Annual statistical returns and brief notes on vaccination in Bengal - 1909-1929
Year: 1909
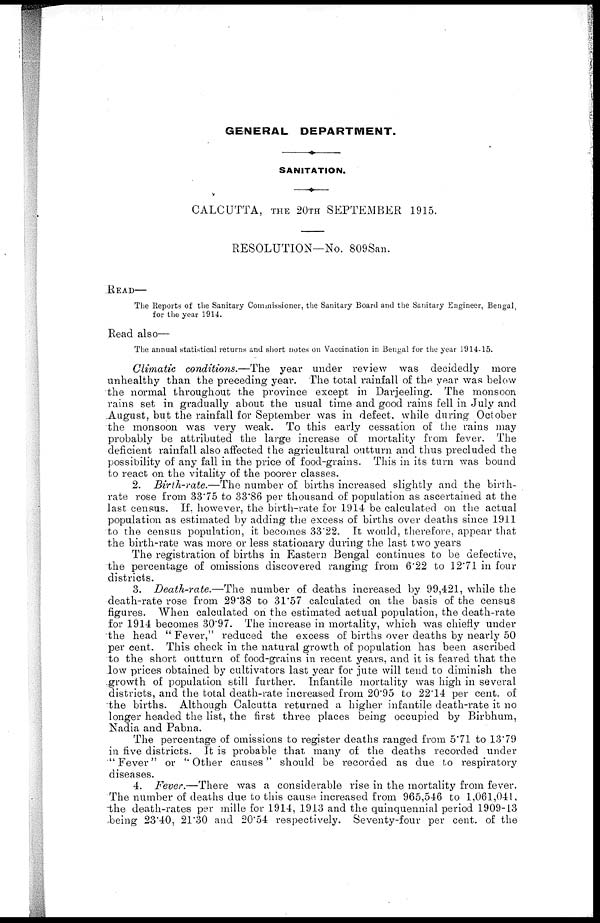
GENERAL DEPARTMENT.
SANITATION.
CALCUTTA, THE 20TH SEPTEMBER 1915.
RESOLUTION—No. 809San.
READ—
The Reports of the Sanitary Commissioner, the Sanitary Board and the Sanitary Engineer, Bengal,
for the year 1914.
Read also—
The annual statistical returns and short notes on Vaccination in Bengal for the year 1914-15.
Climatic conditions.—The year under review was decidedly more
unhealthy than the preceding year. The total rainfall of the year was below
the normal throughout the province except in Darjeeling. The monsoon
rains set in gradually about the usual time and good rains fell in July and
August, but the rainfall for September was in defect, while during October
the monsoon was very weak. To this early cessation of the rains may
probably be attributed the large increase of mortality from fever. The
deficient rainfall also affected the agricultural outturn and thus precluded the
possibility of any fall in the price of food-grains. This in its turn was bound
to react on the vitality of the poorer classes.
2. Birth-rate.—The number of births increased slightly and the birth-
rate rose from 33.75 to 33.86 per thousand of population as ascertained at the
last census. If, however, the birth-rate for 1914 be calculated on the actual
population as estimated by adding the excess of births over deaths since 1911
to the census population, it becomes 33.22. It would, therefore, appear that
the birth-rate was more or less stationary during the last two years
The registration of births in Eastern Bengal continues to be defective,
the percentage of omissions discovered ranging from 6.22 to 12.71 in four
districts.
3. Death-rate.—The number of deaths increased by 99,421, while the
death-rate rose from 29.38 to 31.57 calculated on the basis of the census
figures. When calculated on the estimated actual population, the death-rate
for 1914 becomes 30.97. The increase in mortality, which was chiefly under
the head " Fever," reduced the excess of births over deaths by nearly 50
per cent. This check in the natural growth of population has been ascribed
to the short outturn of food-grains in recent years, and it is feared that the
low prices obtained by cultivators last year for jute will tend to diminish the
growth of population still further. Infantile mortality was high in several
districts, and the total death-rate increased from 20.95 to 22.14 per cent. of
the births. Although Calcutta returned a higher infantile death-rate it no
longer headed the list, the first three places being occupied by Birbhum,
Nadia and Pabna.
The percentage of omissions to register deaths ranged from 5.71 to 13.79
in five districts. It is probable that many of the deaths recorded under
" Fever" or '' Other causes" should be recorded as due to respiratory
diseases.
4. Fever.—There was a considerable rise in the mortality from fever.
The number of deaths due to this cause increased from 965,546 to 1,061,041,
the death-rates per mille for 1914, 1913 and the quinquennial period 1909-13
being 23.40, 21.30 and 20.54 respectively. Seventy-four per cent. of the